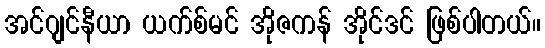
အင်ဂျင်နီယာ ယက်စ်မင် အိုဇကန် အိုင်ဒင် ဖြစ်ပါတယ်။